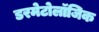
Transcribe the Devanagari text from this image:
डरमेटोलॉजिक